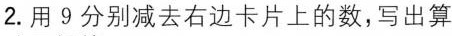
2.用9分别减去右边卡片上的数，写出算